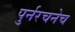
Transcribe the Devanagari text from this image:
पुर्नरचनेच